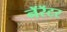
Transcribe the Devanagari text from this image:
नॅरॅटर